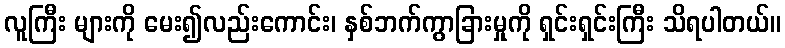
လူကြီး များကို မေး၍လည်းကောင်း၊ နှစ်ဘက်ကွာခြားမှုကို ရှင်းရှင်းကြီး သိရပါတယ်။